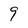
Character: 9